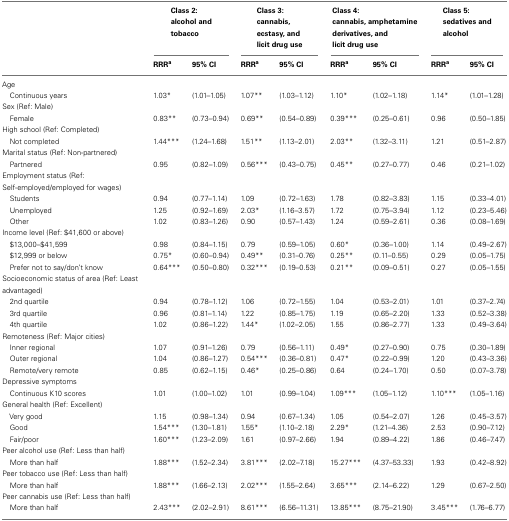
<table><thead><tr><td></td><td colspan="2"><b>Class 2: alcohol and tobacco</b></td><td colspan="2"><b>Class 3: cannabis, ecstasy, and licit drug use</b></td><td colspan="2"><b>Class 4: cannabis, amphetamine derivatives, and licit drug use</b></td><td colspan="2"><b>Class 5: sedatives and alcohol</b></td></tr><tr><td></td><td><b>RRR<sup>a</sup></b></td><td><b>95% CI</b></td><td><b>RRR<sup>a</sup></b></td><td><b>95% CI</b></td><td><b>RRR<sup>a</sup></b></td><td><b>95% CI</b></td><td><b>RRR<sup>a</sup></b></td><td><b>95% CI</b></td></tr></thead><tbody><tr><td>Age</td></tr><tr><td> Continuous years</td><td>1.03*</td><td>(1.01–1.05)</td><td>1.07**</td><td>(1.03–1.12)</td><td>1.10*</td><td>(1.02–1.18)</td><td>1.14*</td><td>(1.01–1.28)</td></tr><tr><td>Sex (Ref: Male)</td></tr><tr><td> Female</td><td>0.83**</td><td>(0.73–0.94)</td><td>0.69**</td><td>(0.54–0.89)</td><td>0.39***</td><td>(0.25–0.61)</td><td>0.96</td><td>(0.50–1.85)</td></tr><tr><td>High school (Ref: Completed)</td></tr><tr><td> Not completed</td><td>1.44***</td><td>(1.24–1.68)</td><td>1.51**</td><td>(1.13–2.01)</td><td>2.03**</td><td>(1.32–3.11)</td><td>1.21</td><td>(0.51–2.87)</td></tr><tr><td>Marital status (Ref: Non-partnered)</td></tr><tr><td> Partnered</td><td>0.95</td><td>(0.82–1.09)</td><td>0.56***</td><td>(0.43–0.75)</td><td>0.45**</td><td>(0.27–0.77)</td><td>0.46</td><td>(0.21–1.02)</td></tr><tr><td>Employment status (Ref: Self-employed/employed for wages)</td></tr><tr><td> Students</td><td>0.94</td><td>(0.77–1.14)</td><td>1.09</td><td>(0.72–1.63)</td><td>1.78</td><td>(0.82–3.83)</td><td>1.15</td><td>(0.33–4.01)</td></tr><tr><td> Unemployed</td><td>1.25</td><td>(0.92–1.69)</td><td>2.03*</td><td>(1.16–3.57)</td><td>1.72</td><td>(0.75–3.94)</td><td>1.12</td><td>(0.23–5.46)</td></tr><tr><td> Other</td><td>1.02</td><td>(0.83–1.26)</td><td>0.90</td><td>(0.57–1.43)</td><td>1.24</td><td>(0.59–2.61)</td><td>0.36</td><td>(0.08–1.69)</td></tr><tr><td>Income level (Ref: $41,600 or above)</td></tr><tr><td> $13,000–$41,599</td><td>0.98</td><td>(0.84–1.15)</td><td>0.79</td><td>(0.59–1.05)</td><td>0.60*</td><td>(0.36–1.00)</td><td>1.14</td><td>(0.49–2.67)</td></tr><tr><td> $12,999 or below</td><td>0.75*</td><td>(0.60–0.94)</td><td>0.49**</td><td>(0.31–0.76)</td><td>0.25**</td><td>(0.11–0.55)</td><td>0.29</td><td>(0.05–1.75)</td></tr><tr><td> Prefer not to say/don’t know</td><td>0.64***</td><td>(0.50–0.80)</td><td>0.32***</td><td>(0.19–0.53)</td><td>0.21**</td><td>(0.09–0.51)</td><td>0.27</td><td>(0.05–1.55)</td></tr><tr><td>Socioeconomic status of area (Ref: Least advantaged)</td></tr><tr><td> 2nd quartile</td><td>0.94</td><td>(0.78–1.12)</td><td>1.06</td><td>(0.72–1.55)</td><td>1.04</td><td>(0.53–2.01)</td><td>1.01</td><td>(0.37–2.74)</td></tr><tr><td> 3rd quartile</td><td>0.96</td><td>(0.81–1.14)</td><td>1.22</td><td>(0.85–1.75)</td><td>1.19</td><td>(0.65–2.20)</td><td>1.33</td><td>(0.52–3.38)</td></tr><tr><td> 4th quartile</td><td>1.02</td><td>(0.86–1.22)</td><td>1.44*</td><td>(1.02–2.05)</td><td>1.55</td><td>(0.86–2.77)</td><td>1.33</td><td>(0.49–3.64)</td></tr><tr><td>Remoteness (Ref: Major cities)</td></tr><tr><td> Inner regional</td><td>1.07</td><td>(0.91–1.26)</td><td>0.79</td><td>(0.56–1.11)</td><td>0.49*</td><td>(0.27–0.90)</td><td>0.75</td><td>(0.30–1.89)</td></tr><tr><td> Outer regional</td><td>1.04</td><td>(0.86–1.27)</td><td>0.54***</td><td>(0.36–0.81)</td><td>0.47*</td><td>(0.22–0.99)</td><td>1.20</td><td>(0.43–3.36)</td></tr><tr><td> Remote/very remote</td><td>0.85</td><td>(0.62–1.15)</td><td>0.46*</td><td>(0.25–0.86)</td><td>0.64</td><td>(0.24–1.70)</td><td>0.50</td><td>(0.07–3.78)</td></tr><tr><td>Depressive symptoms</td></tr><tr><td> Continuous K10 scores</td><td>1.01</td><td>(1.00–1.02)</td><td>1.01</td><td>(0.99–1.04)</td><td>1.09***</td><td>(1.05–1.12)</td><td>1.10***</td><td>(1.05–1.16)</td></tr><tr><td>General health (Ref: Excellent)</td></tr><tr><td> Very good</td><td>1.15</td><td>(0.98–1.34)</td><td>0.94</td><td>(0.67–1.34)</td><td>1.05</td><td>(0.54–2.07)</td><td>1.26</td><td>(0.45–3.57)</td></tr><tr><td> Good</td><td>1.54***</td><td>(1.30–1.81)</td><td>1.55*</td><td>(1.10–2.18)</td><td>2.29*</td><td>(1.21–4.36)</td><td>2.53</td><td>(0.90–7.12)</td></tr><tr><td> Fair/poor</td><td>1.60***</td><td>(1.23–2.09)</td><td>1.61</td><td>(0.97–2.66)</td><td>1.94</td><td>(0.89–4.22)</td><td>1.86</td><td>(0.46–7.47)</td></tr><tr><td>Peer alcohol use (Ref: Less than half)</td></tr><tr><td> More than half</td><td>1.88***</td><td>(1.52–2.34)</td><td>3.81***</td><td>(2.02–7.18)</td><td>15.27***</td><td>(4.37–53.33)</td><td>1.93</td><td>(0.42–8.92)</td></tr><tr><td>Peer tobacco use (Ref: Less than half)</td></tr><tr><td> More than half</td><td>1.88***</td><td>(1.66–2.13)</td><td>2.02***</td><td>(1.55–2.64)</td><td>3.65***</td><td>(2.14–6.22)</td><td>1.29</td><td>(0.67–2.50)</td></tr><tr><td>Peer cannabis use (Ref: Less than half)</td></tr><tr><td> More than half</td><td>2.43***</td><td>(2.02–2.91)</td><td>8.61***</td><td>(6.56–11.31)</td><td>13.85***</td><td>(8.75–21.90)</td><td>3.45***</td><td>(1.76–6.77)</td></tr></tbody></table>